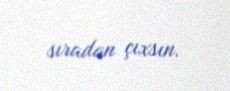
sıradan çıxsın.